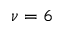
\nu = 6